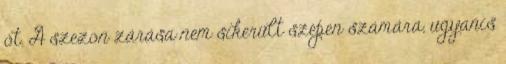
őt. A szezon zárása nem sikerült szépen számára, ugyanis